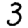
Digit: 3